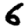
Digit: 6